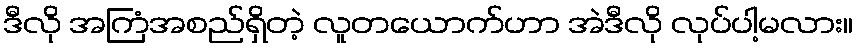
ဒီလို အကြံအစည်ရှိတဲ့ လူတယောက်ဟာ အဲဒီလို လုပ်ပါ့မလား။